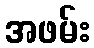
အဖမ်း